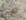
هي